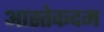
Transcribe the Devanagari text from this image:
आस्तेकदम